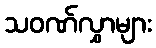
သဝဏ်လွှာများ